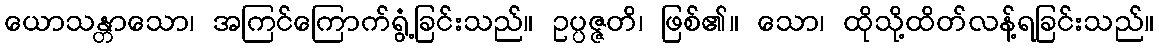
ယောသန္တာသော၊ အကြင်ကြောက်ရွံ့ခြင်းသည်။ ဥပ္ပဇ္ဇတိ၊ ဖြစ်၏။ သော၊ ထိုသို့ထိတ်လန့်ရခြင်းသည်။